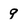
Character: 9